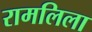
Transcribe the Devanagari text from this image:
रामलिला